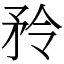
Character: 矝